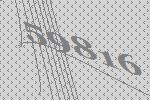
59816